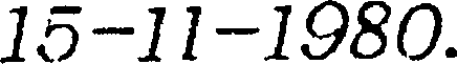
15-11-1980.